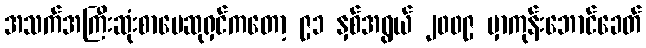
အသက်အကြီးဆုံးစာပေဆုရှင်ကတော့ ၉၁ နှစ်အရွယ် ၂၀၀၉ မှာကုန်းဘောင်ခေတ်